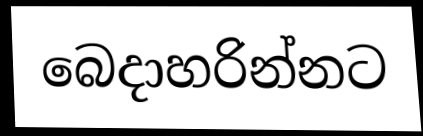
බෙදාහරින්නට